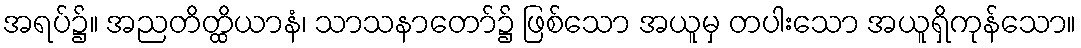
အရပ်၌။ အညတိတ္ထိယာနံ၊ သာသနာတော်၌ ဖြစ်သော အယူမှ တပါးသော အယူရှိကုန်သော။